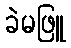
ခဲမဖြူ